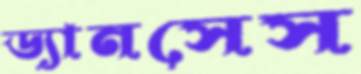
ড্যানসেস